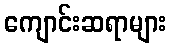
ကျောင်းဆရာများ